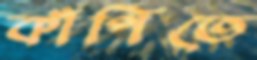
কাঁপিতে